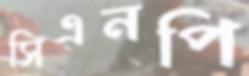
সিএনপি